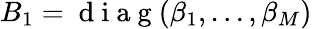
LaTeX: B_{1}=\mathrm{~d~i~a~g~}(\beta_{1},\ldots,\beta_{M})